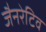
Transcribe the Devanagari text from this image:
जैनरेटिव